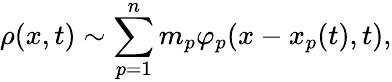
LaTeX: \rho(x,t)\sim\sum_{p=1}^{n}m_{p}\varphi_{p}(x-x_{p}(t),t),